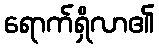
ရောက်ရှိလာ၏